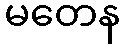
မတေန